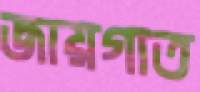
জায়গাত